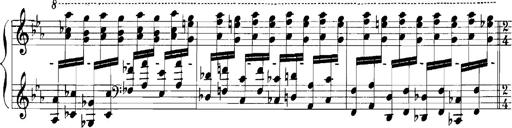
Title: Rhapsodies hongroises
Composer: Franz Liszt